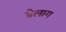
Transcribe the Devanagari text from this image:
डेलाग